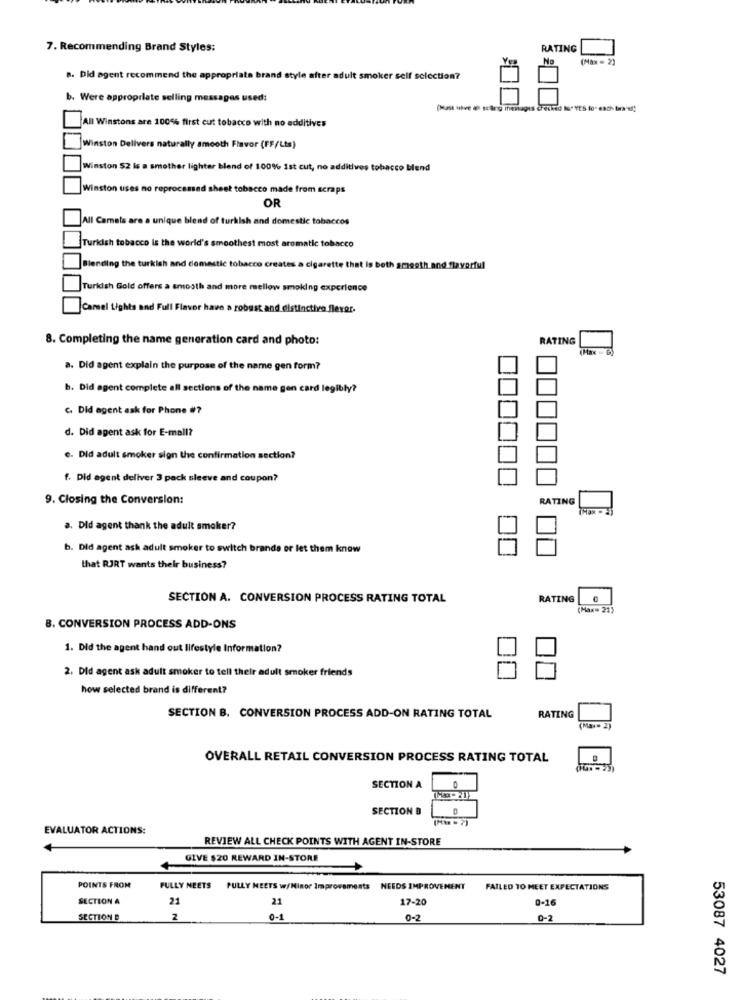
7. Recommending Brand Styles:
RATING
No
(Max = 2)
8. Did agent recommend the appropriate brand style after adult smoker self selection?
b. Were appropriate selling messages used:
(Mas thve ( stairs menagis checked No YES lo" each brawl!
All Winstons are 100% first cut tobacco with no additives
Winston Delivers naturally smooth Flavor (FF/Lts)
Winston 52 is a smother lighter blend of 100% ist cut, no additives tobacco blend
Winston uses no reprocessed sheet tobacco made from scraps
OR
All Camets
re a unique blend of turkish and domestic tobaccos
Turkish tobacco is the world's smoothest most aromatic tobacco
Blending the turkish and domestic tobacco creates a cigarette that is both smooth and flavorful
Turkish Gold offers a smooth and more mellow smoking experience
Camel Lights and Full Flavor have a robust and distinctive flexor.
8. Completing the name generation card and photo:
RATING
Max . B
a. Did agent explain the purpose of the name gen form?
b. Did agent complete all sections of the name gen card I
". Did agent ask for Phone #?
d. Did agent ask for E-mail?
e. Did adult smoker sign the confirmation section?
f. Did agent deliver 3 pack sleeve and coupon?
9. Closing the Conversion:
RATING
a. Did agent thank the adult smoker?
b. Did agent ask adult smoker to switch brands or let them know
that RJRT wants their business?
SECTION A. CONVERSION PROCESS RATING TOTAL
RATING
(Max- 21)
8. CONVERSION PROCESS ADD-ONS
1. Did the agent hand out lifestyle Information?
2. Did agent ask adult smoker to tell their adult smoker friends
how selected brand is different?
SECTION B. CONVERSION PROCESS ADD-ON RATING TOTAL
RATING
(Ma- 2)
OVERALL RETAIL CONVERSION PROCESS RATING TOTAL
SECTION A
SECTION B
EVALUATOR ACTIONS:
REVIEW ALL CHECK POINTS WITH AGENT IN-STORE
GIVE $20 REWARD IN-STORE
POINTS FROM
FULLY NEETS
PULLY MEETS w/ Minor Improvements NEEDS IMPROVEMENT
FAILED TO MEET EXPECTATIONS
SECTION A
21
17-20
0-16
21
SECTION B
2
0-1
0-2
0-1
53087 4027